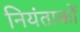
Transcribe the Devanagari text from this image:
नियंताकों